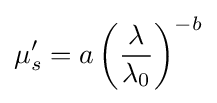
\mu '_{s}=a\left({\frac {\lambda }{\lambda _{0}}}\right)^{-b}